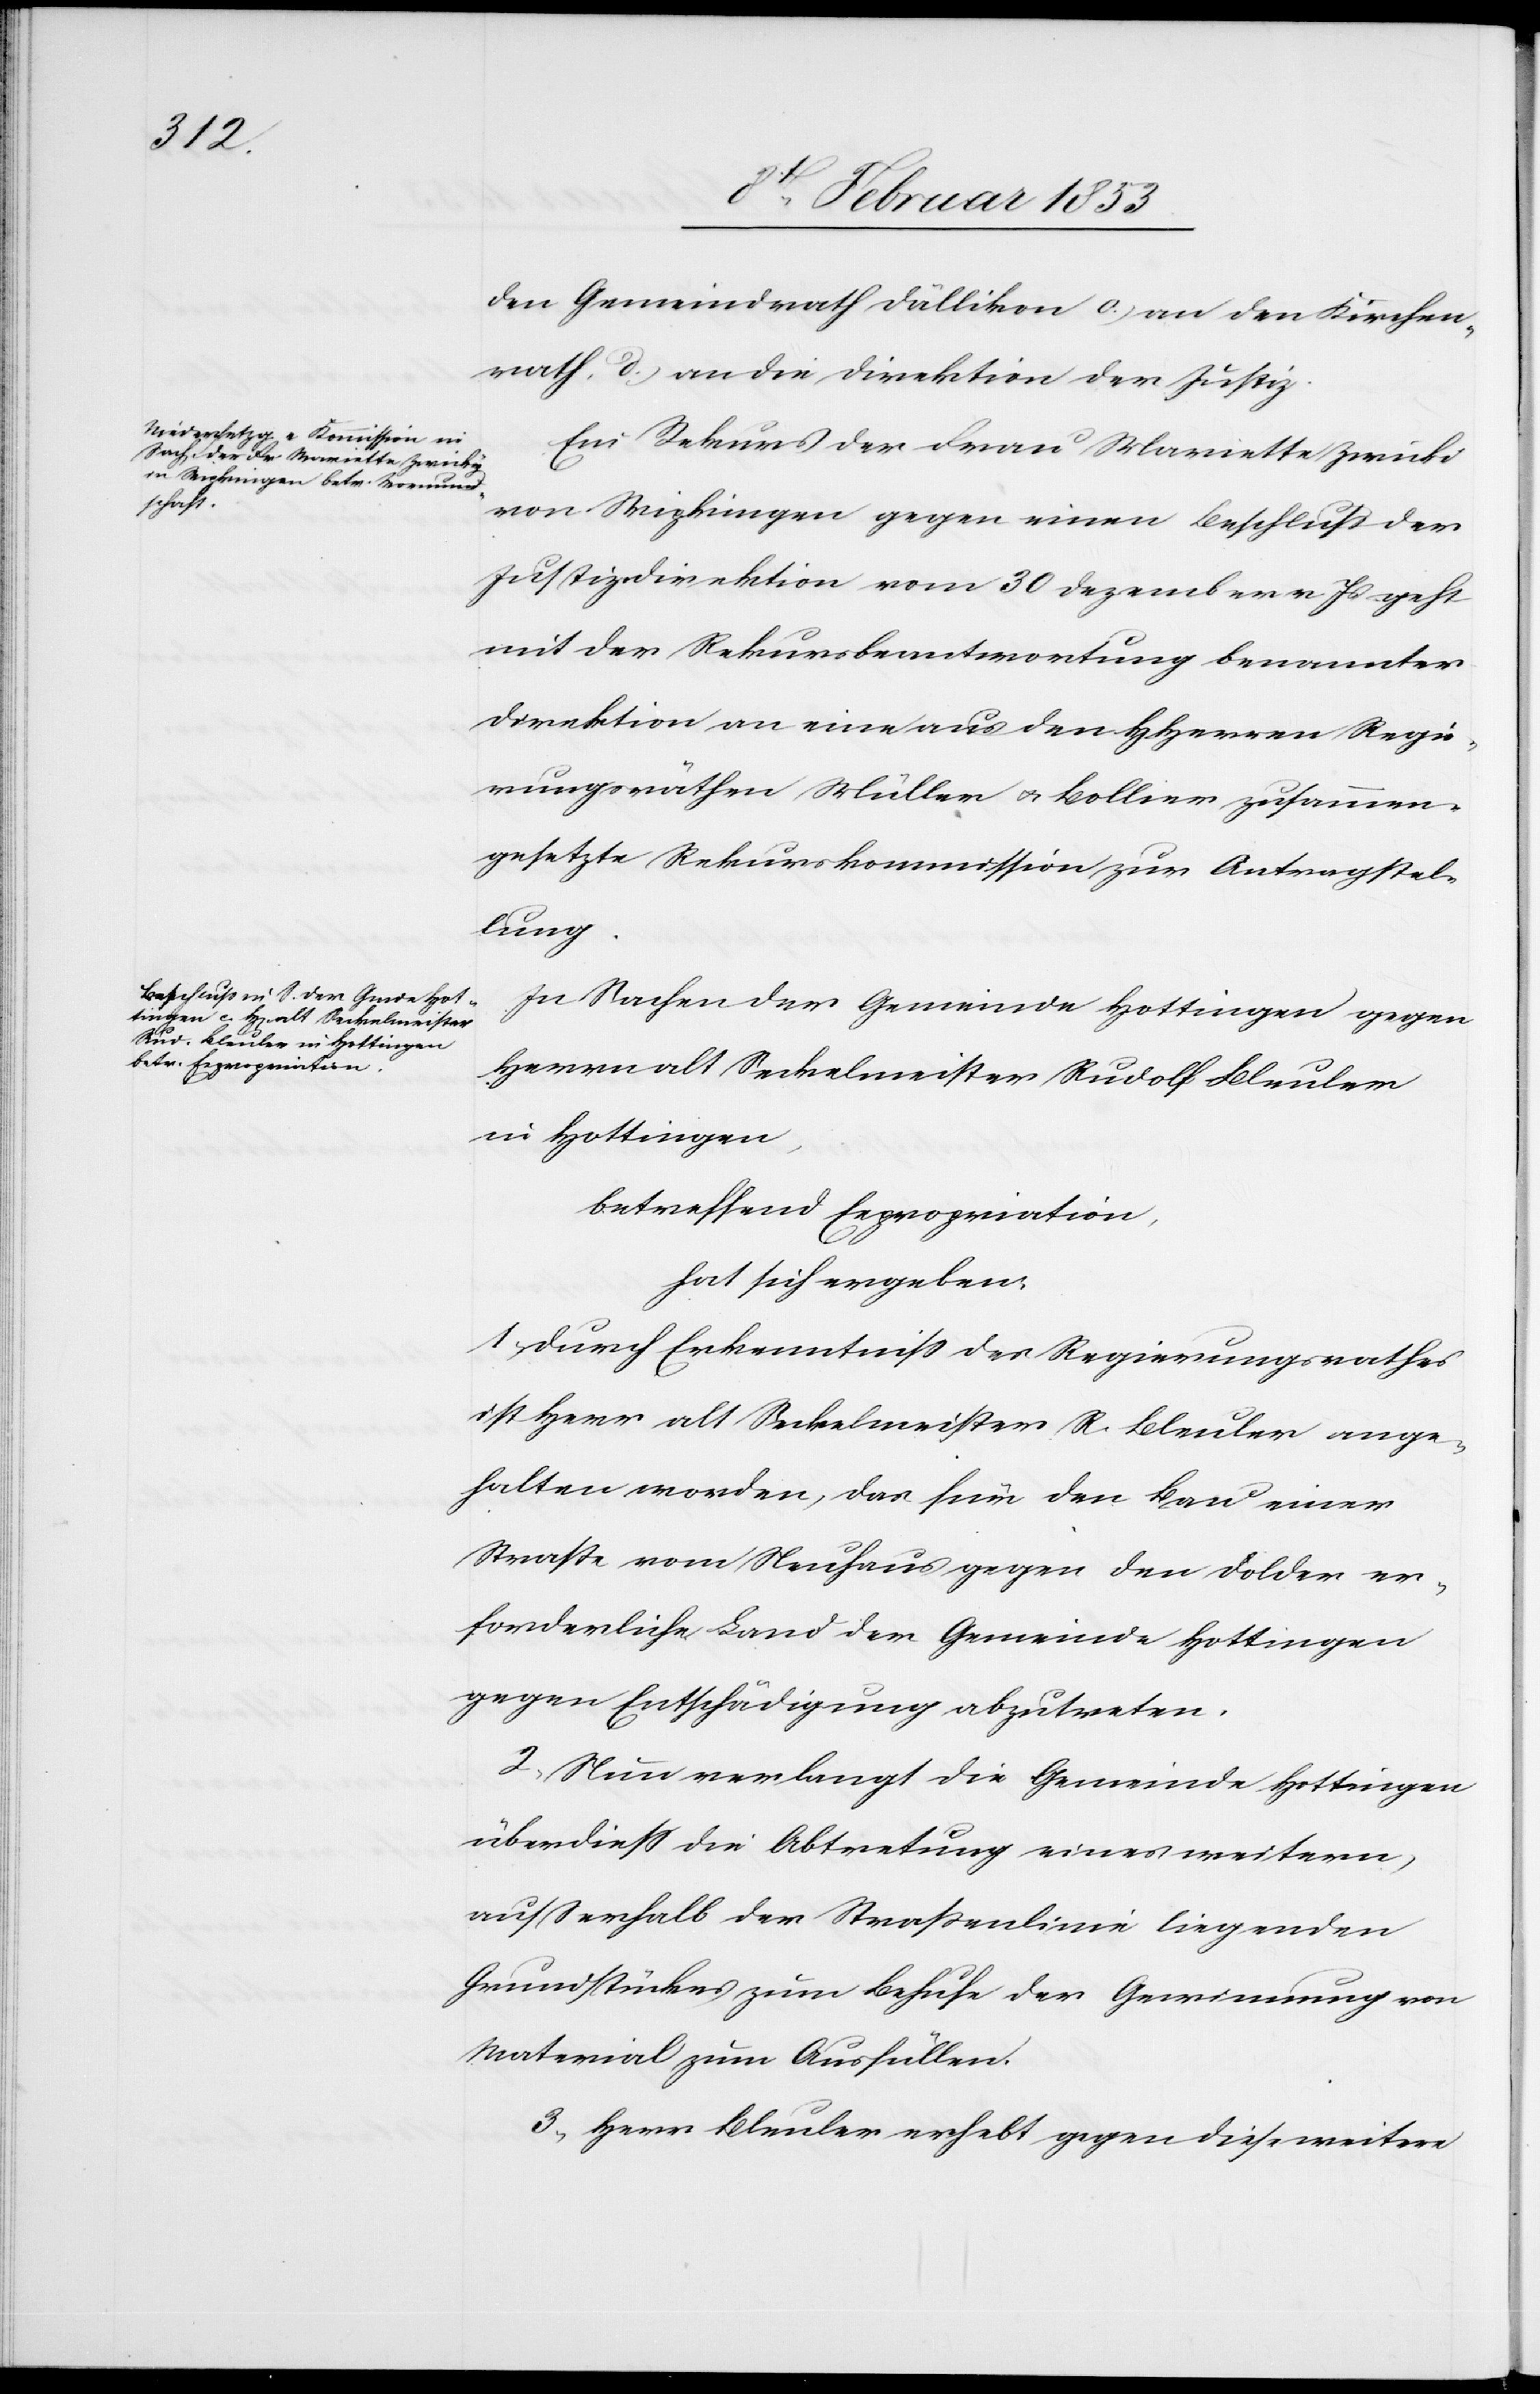
den Gemeindrath Dällikon c, an den Kirchen¬
rath, d, an die Direktion der Justiz.
Ein Rekurs der Frau Mariette Zwicki
von Wipkingen gegen einen Beschluß der
Justizdirektion vom 30 Dezember v. Js. geht
mit der Rekursbeantwortung benannter
Direktion an eine aus den HHerren Regie¬
rungsräthen Müller u. Bollier zusammen¬
gesetzte Rekurskommission zur Antragstel¬
lung.
In Sachen der Gemeinde Hottingen gegen
Herrn alt Seckelmeister Rudolf Bleuler
in Hottingen,
betreffend Expropriation,
hat sich ergeben:
1, durch Erkenntniß des Regierungsrathes
ist Herr alt Seckelmeister R. Bleuler ange¬
halten worden, das für den Bau einer
Strasse vom Neuhaus gegen den Dolder er¬
forderliche Land der Gemeinde Hottingen
gegen Entschädigung abzutreten.
2, Neue verlangt die Gemeinde Hottingen
überdieß die Abtretung eines weitern,
außerhalb der Straßenlinie liegenden
Grundstücken zum Behufe der Gewinnung von
Material zum Ausfällen.
3, Herr Bleuler erhebt gegen diese weitere